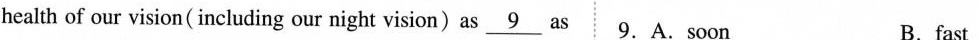
health of our vision ( including our night vision)as \underline{9} as 9. A. soon B. fast